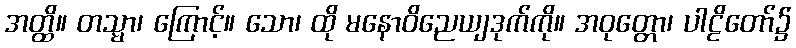
အတ္ထိ။ တသ္မာ၊ ကြောင့်။ သော၊ ထို မနောဝိညေယျဒုက်ကို။ အဝုတ္တော၊ ပါဠိတော်၌